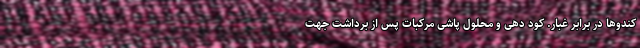
کندوها در برابر غبار. کود دهی و محلول پاشی مرکبات پس از برداشت جهت